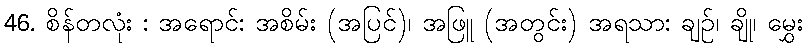
46. စိန်တလုံး : အရောင်: အစိမ်း (အပြင်)၊ အဖြူ (အတွင်း) အရသာ: ချဉ်၊ ချို၊ မွှေး